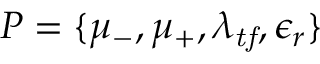
P = \{ \mu _ { - } , \mu _ { + } , \lambda _ { \mathit { t f } } , \epsilon _ { r } \}